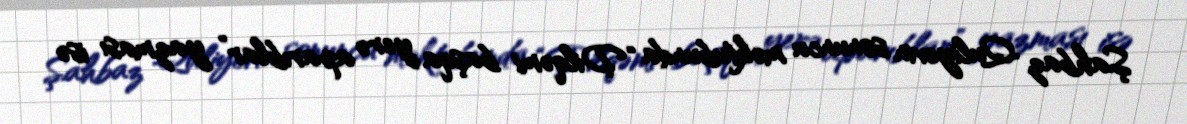
Şahbaz Quliyevin sonuncu məktubunda “Dilqəmi başqa yerə aparıblar” yazması isə